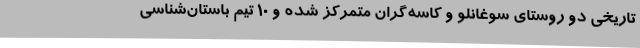
تاریخی دو روستای سوغانلو و کاسه‌گران متمرکز شده و 10 تیم باستان‌شناسی